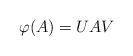
LaTeX: \begin{align*}\varphi(A)=UAV\end{align*}